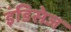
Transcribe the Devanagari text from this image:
इंडिसेज